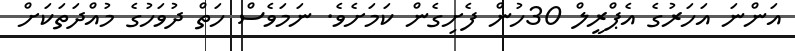
އަންނަ އަހަރުގެ އެޕްރީލް 30ހުން ފެށިގެން ކަމަަށެވެ. ނަމަވެސް ހަތް ދުވަހުގެ މުއްދަތަކަށް